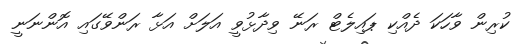
ކުރިން ވާހަކަ ދެއްކި ޕައިލެޓް ރަނޭ ވިދާޅުވީ އަލަށް އަޅާ ރަންވޭގައި އޮންނަނީ